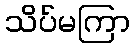
သိပ်မကြာ